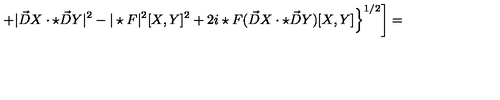
\left. \left. + | \vec { D } X \cdot \star \vec { D } Y | ^ { 2 } - | \star F | ^ { 2 } [ X , Y ] ^ { 2 } + 2 i \star F ( \vec { D } X \cdot \star \vec { D } Y ) [ X , Y ] \right\} ^ { 1 / 2 } \right] =